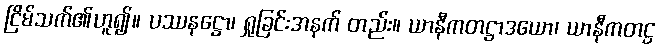
ငြိမ်သက်၏ဟူ၍။ ပဿနဋ္ဌော၊ ရှုခြင်းအနက် တည်း။ ယာနီကတဋ္ဌာဒယော၊ ယာနီကတဋ္ဌ